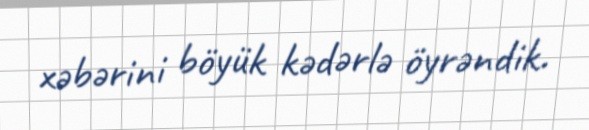
xəbərini böyük kədərlə öyrəndik.